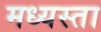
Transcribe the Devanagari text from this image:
मध्‍यस्ता